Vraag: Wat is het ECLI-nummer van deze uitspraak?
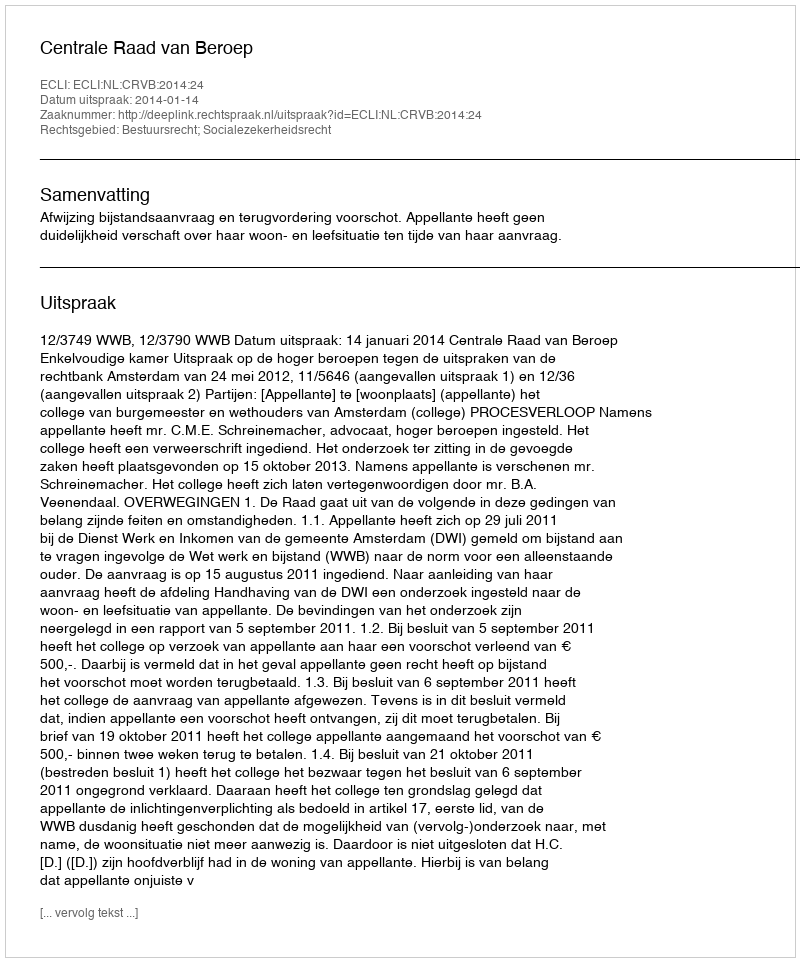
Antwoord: ECLI:NL:CRVB:2014:24